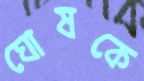
ঘোষকে